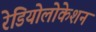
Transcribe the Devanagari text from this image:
रेडियोलोकेशन